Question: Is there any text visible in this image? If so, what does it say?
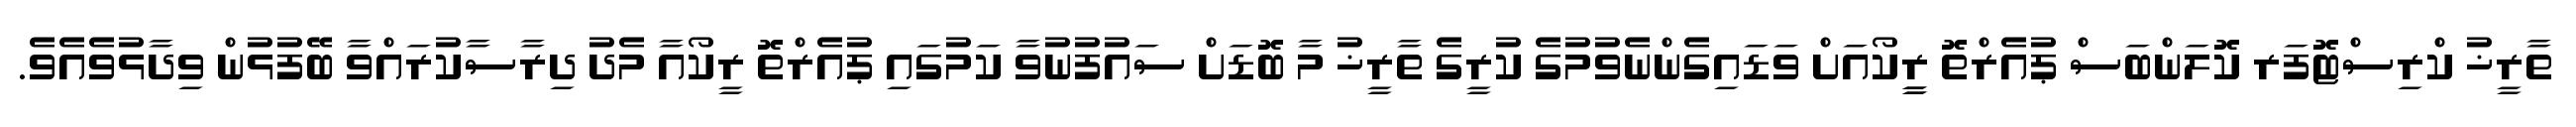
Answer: ތާރީޚު ކްރިސްޓޮފަރ ކޮލަންބަސް ޕުއެރްތޮ ރީީކޯއަށް ވަޑައިގެންނެވުމުގެ ކުރީގެ ތާރީޚު މާ ބޮޑަށް ސައުފުނުވާ ކަމުގައި ޕުއެރްތޮ ރީކޯއާ މެދު ދިރާސާކުރައްވާ ބޭފުޅުން ވިދާޅުވެއެވެ.